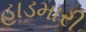
હાડમારી